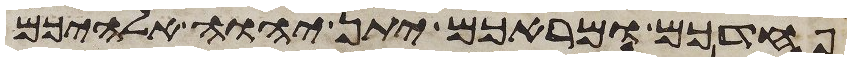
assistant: פחדכם ומראכם יתן יהוה אלהיכם